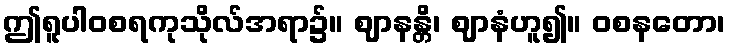
ဤရူပါဝစရကုသိုလ်အရာ၌။ ဈာနန္တိ၊ ဈာနံဟူ၍။ ဝစနတော၊